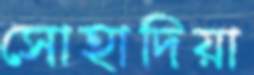
সোহাদিয়া